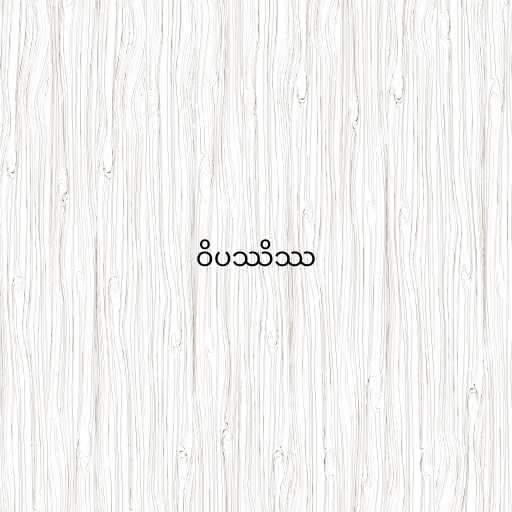
ဝိပဿိဿ